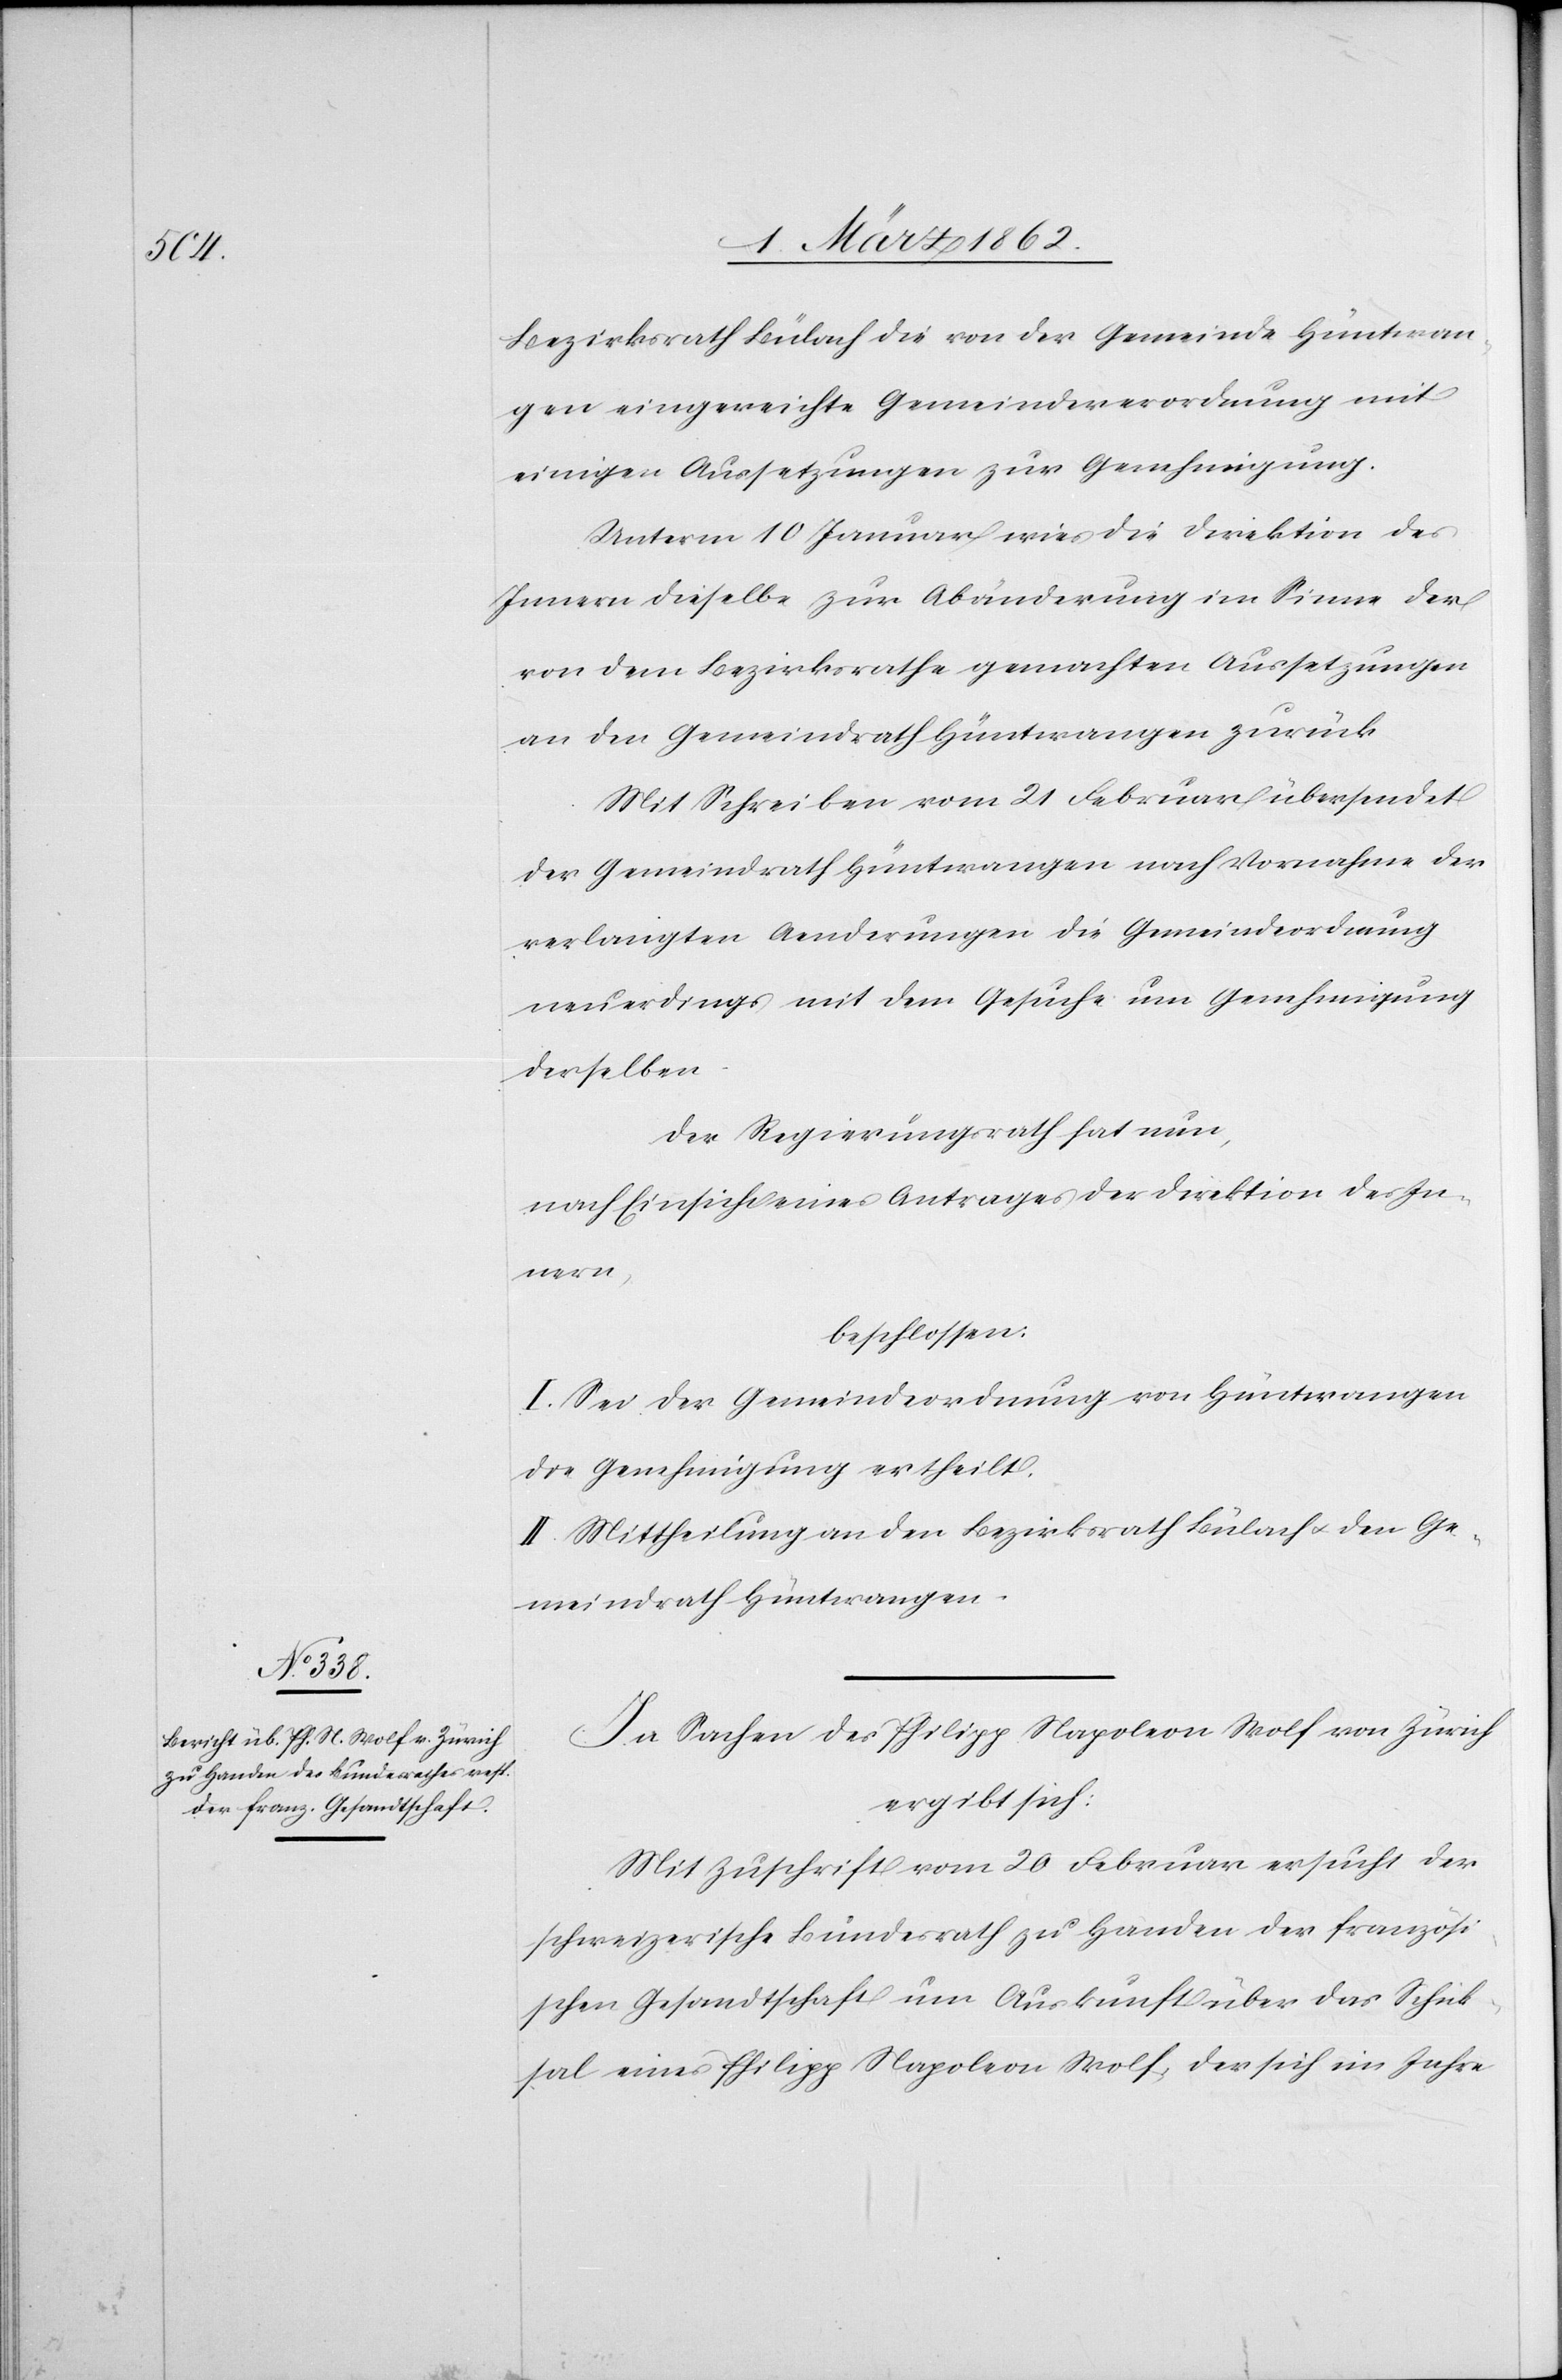
Bezirksrath Bülach die von der Gemeinde Hüntwan¬
gen eingereichte Gemeindeverordnung mit
einigen Aussetzungen zur Genehmigung.
Unterm 10 Januar wies die Direktion des
Innern dieselbe zur Abänderung im Sinne der
von dem Bezirksrathe gemachten Aussetzungen
an den Gemeindrath Hüntwangen zurück.
Mit Schreiben vom 21 Februar übersendet
der Gemeindrath Hüntwangen nach Vornahme der
verlangten Aenderungen die Gemeindeordnung
neuerdings mit dem Gesuche um Genehmigung
derselben
der Regierungsrath hat nun,
nach Einsicht eines Antrages der Direktion des In¬
nern,
beschlossen:
I. Sei der Gemeindeordnung von Hüntwangen
die Genehmigung ertheilt.
II. Mittheilung an den Bezirksrath Bülach u. den Ge¬
meindrath Hüntwangen.
In Sachen des Philipp Napoleon Wolf von Zürich
ergibt sich:
Mit Zuschrift vom 20 Februar ersucht der
schweizerische Bundesrath zu Handen der französi¬
schen Gesandtschaft um Auskunft über das Schick¬
sal eines Philipp Napoleon Wolf, der sich im Jahre